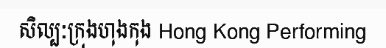
សិល្បៈក្រុងហុងកុង Hong Kong Performing